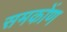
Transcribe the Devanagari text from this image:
समकोंण